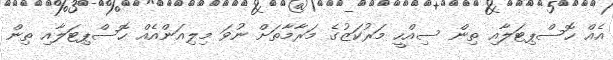
އެއް ހޮސްޕިޓަލާއި ތިން ސިއްހީ މަރުކަޒުގެ މަރާމާތަށް ނުވަ މިލިއަންއެއް ހޮސްޕިޓަލާއި ތިން